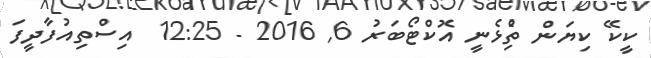
ކީކޭ ކިޔަން ތިެުޅެނީ އޮކްޓޯބަރު 6